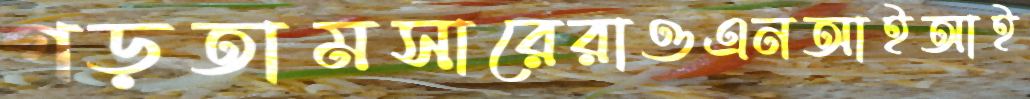
গড়তামসারেরাওএনআইআই